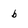
Character: b